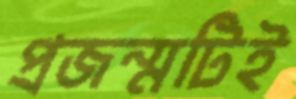
প্রজন্মটিই